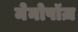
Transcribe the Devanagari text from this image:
मेनोपॉज़